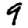
Digit: 9